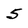
Character: 5